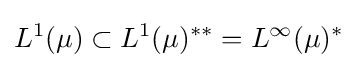
L^{1}(\mu )\subset L^{1}(\mu )^{**}=L^{\infty }(\mu )^{*}